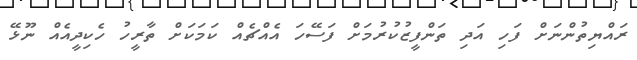
ރައްޔިތުންނަށް ފަހި އަދި ތަންފީޒުކުރުމަށް ފަސޭހަ އެއްޗެއް ކަމަކަށް ތާރީހު ހެކިދީއެއް ނޫޅޭ